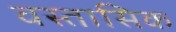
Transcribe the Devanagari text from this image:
वस्तासिक